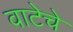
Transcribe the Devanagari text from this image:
वाटेचे